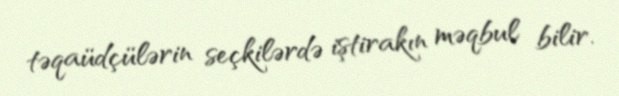
təqaüdçülərin seçkilərdə iştirakın məqbul bilir.